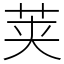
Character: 荚